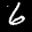
Label: 6